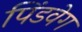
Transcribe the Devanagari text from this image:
पिंडवेग